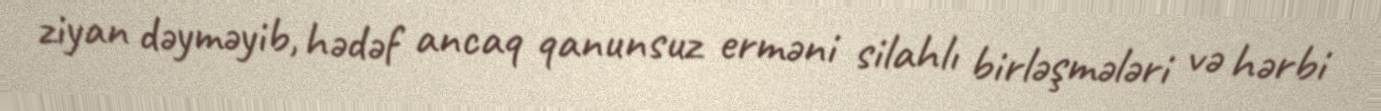
ziyan dəyməyib, hədəf ancaq qanunsuz erməni silahlı birləşmələri və hərbi